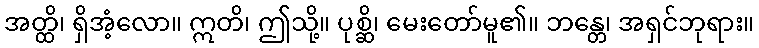
အတ္ထိ၊ ရှိအံ့လော။ ဣတိ၊ ဤသို့။ ပုစ္ဆိ၊ မေးတော်မူ၏။ ဘန္တေ၊ အရှင်ဘုရား။